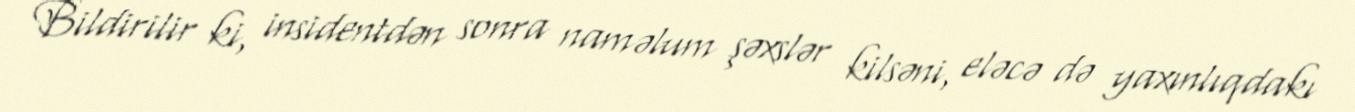
Bildirilir ki, insidentdən sonra naməlum şəxslər kilsəni, eləcə də yaxınlıqdakı